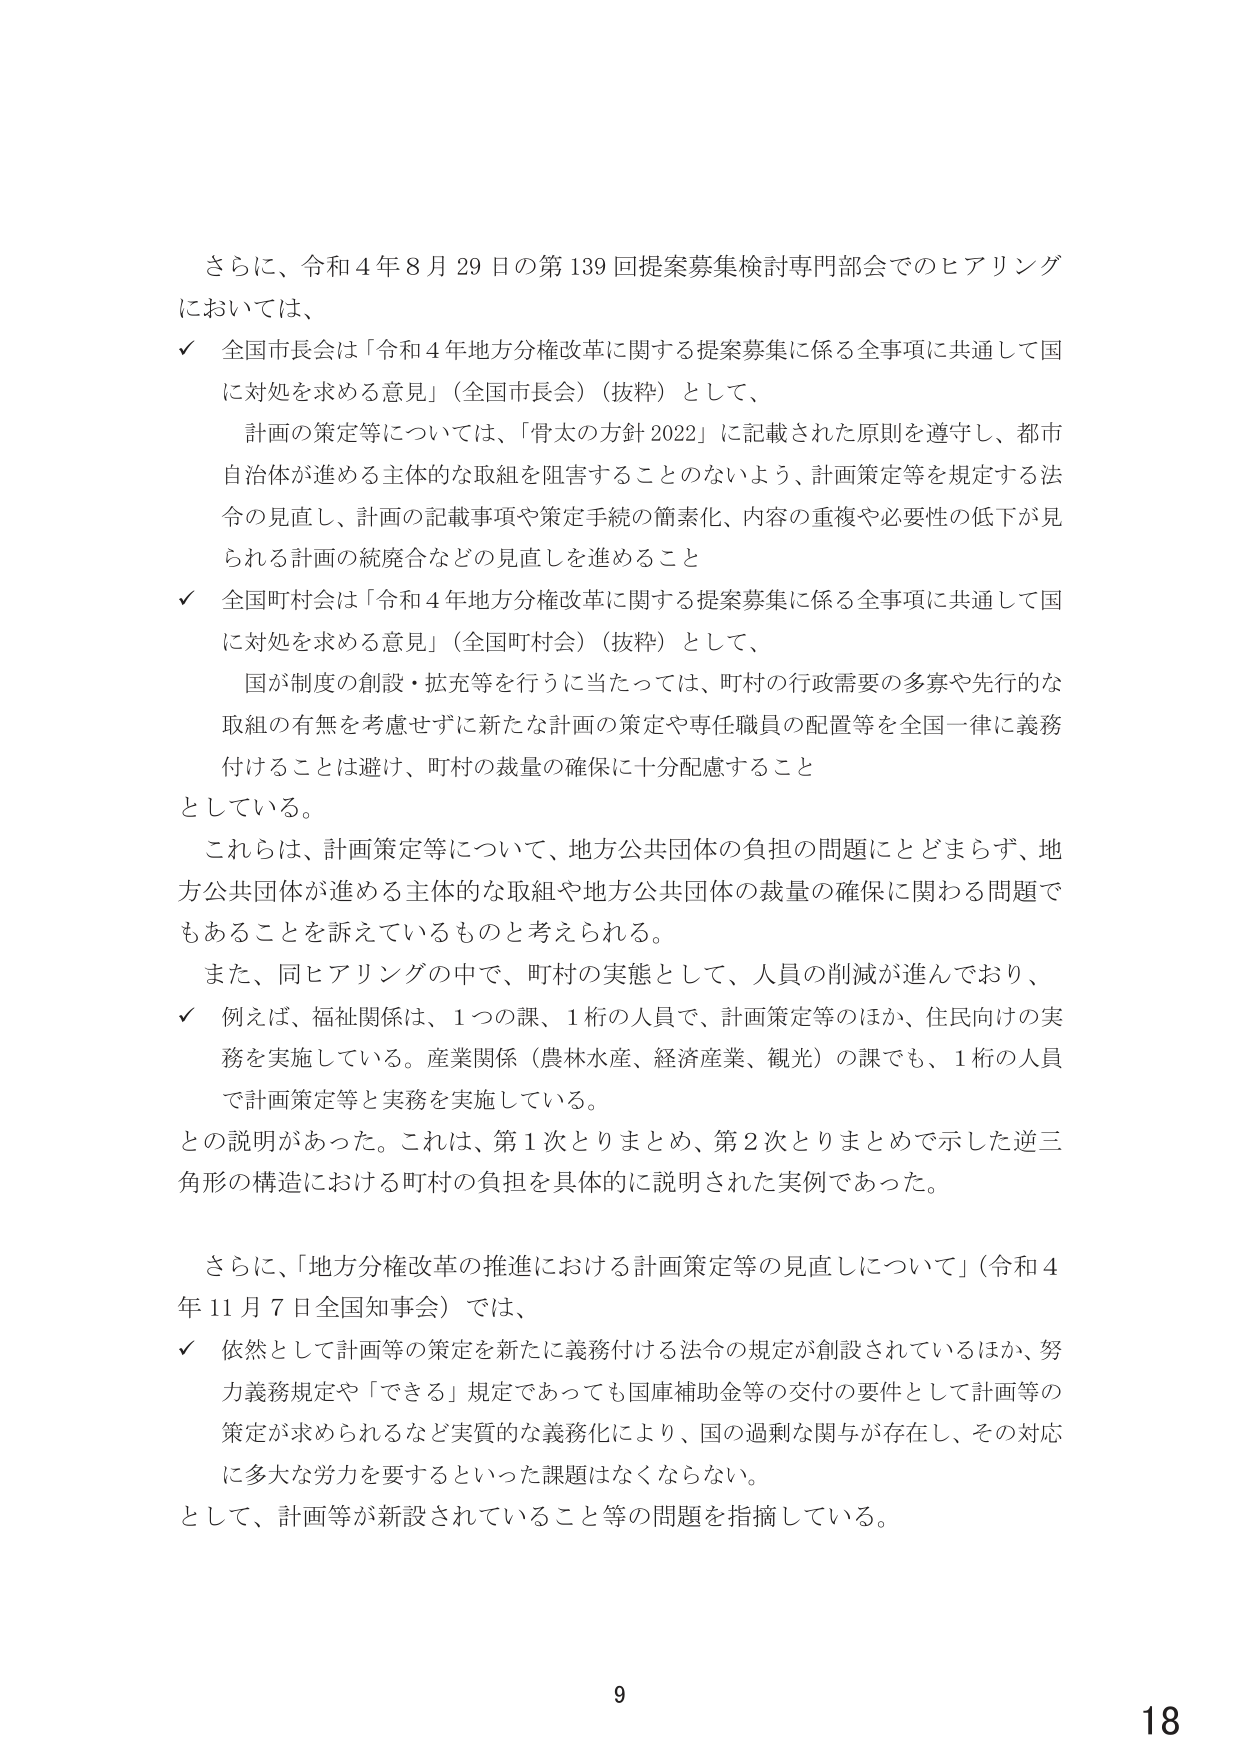
さらに、令和４年８月29日の第139回提案募集検討専門部会でのヒアリングにおいては、
✓ 全国市長会は「令和４年地方分権改革に関する提案募集に係る全事項に共通して国に対処を求める意見」（全国市長会）（抜粋）として、
　　計画の策定等については、「骨太の方針2022」に記載された原則を遵守し、都市自治体が進める主体的な取組を阻害することのないよう、計画策定等を規定する法令の見直し、計画の記載事項や策定手続の簡素化、内容の重複や必要性の低下が見られる計画の統廃合などの見直しを進めること
✓ 全国町村会は「令和４年地方分権改革に関する提案募集に係る全事項に共通して国に対処を求める意見」（全国町村会）（抜粋）として、
　　国が制度の創設・拡充等を行うに当たっては、町村の行政需要の多寡や先行的な取組の有無を考慮せずに新たな計画の策定や専任職員の配置等を全国一律に義務付けることは避け、町村の裁量の確保に十分配慮すること
としている。
これは、計画策定等について、地方公共団体の負担の問題にとどまらず、地方公共団体が進める主体的な取組や地方公共団体の裁量の確保に関わる問題でもあることを訴えているものと考えられる。
また、同ヒアリングの中で、町村の実態として、人員の削減が進んでおり、
✓ 例えば、福祉関係は、1つの課、1桁の人員で、計画策定等のほか、住民向けの実務を実施している。産業関係（農林水産、経済産業、観光）の課でも、1桁の人員で計画策定等と実務を実施している。
との説明があった。これは、第1次とりまとめ、第2次とりまとめで示した逆三角形の構造における町村の負担を具体的に説明された実例であった。

さらに、「地方分権改革の推進における計画策定等の見直しについて」（令和4年11月7日全国知事会）では、
✓ 依然として計画等の策定を新たに義務付ける法令の規定が創設されているほか、努力義務規定や「できる」規定であっても国庫補助金等の交付の要件として計画等の策定が求められるなど実質的な義務化により、国の過剰な関与が存在し、その対応に多大な労力を要するといった課題はなくならない。
として、計画等が新設されていること等の問題を指摘している。

9
18